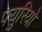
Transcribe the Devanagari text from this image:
फ्युरियो